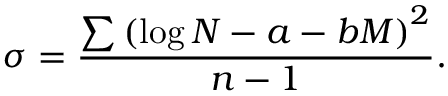
\sigma = \frac { \sum \left( \log N - a - b M \right) ^ { 2 } } { n - 1 } .